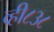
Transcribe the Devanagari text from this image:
व्ही८३८